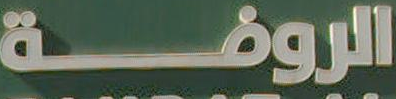
الروضة